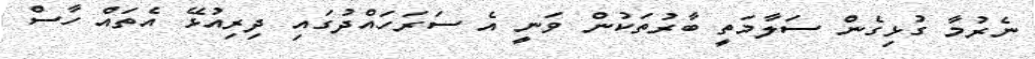
ނެރުމާ ގުޅިގެން ސަލާމަތީ ބާރުތަކުން ވަނީ އެ ސަރަހައްދުގައި ދިރިއުޅޭ އެތައް ހާސް